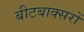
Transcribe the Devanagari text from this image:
बीटबाक्सरों